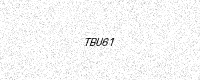
Text: TBU61